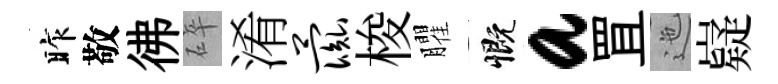
昨敬彿碎淆彘梭臞慨a罝迤嶷